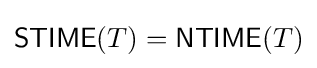
{\mathsf {STIME}}(T)={\mathsf {NTIME}}(T)